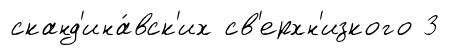
сканд'ина́вск'их св'ерхн'изкого 3